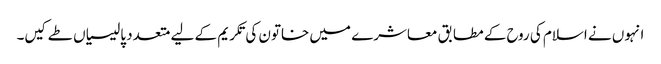
انہوں نے اسلام کی روح کے مطابق معاشرے میں خاتون کی تکریم کے لیے متعدد پالیسیاں طے کیں۔